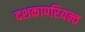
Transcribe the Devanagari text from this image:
दशकापरियन्त